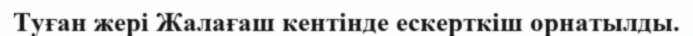
Туған жері Жалағаш кентінде ескерткіш орнатылды.